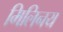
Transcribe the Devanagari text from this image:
मिलिनय